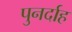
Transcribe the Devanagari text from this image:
पुनर्दाह